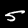
Digit: 5